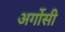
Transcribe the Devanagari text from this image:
अर्गोसी